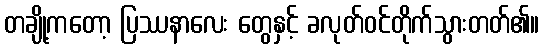
တချို့ကတော့ ပြဿနာလေး တွေနှင့် ခလုတ်ဝင်တိုက်သွားတတ်၏။